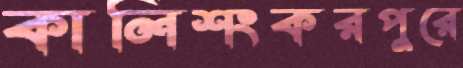
কালিশংকরপুরে